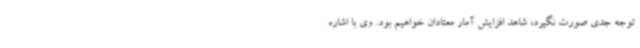
توجه جدی صورت نگیرد، شاهد افزایش آمار معتادان خواهیم بود. وی با اشاره